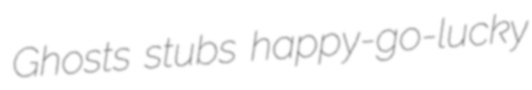
Ghosts stubs happy-go-lucky